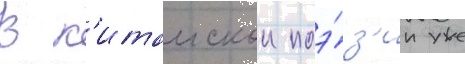
В к'итаискои поэ́з'ии уже